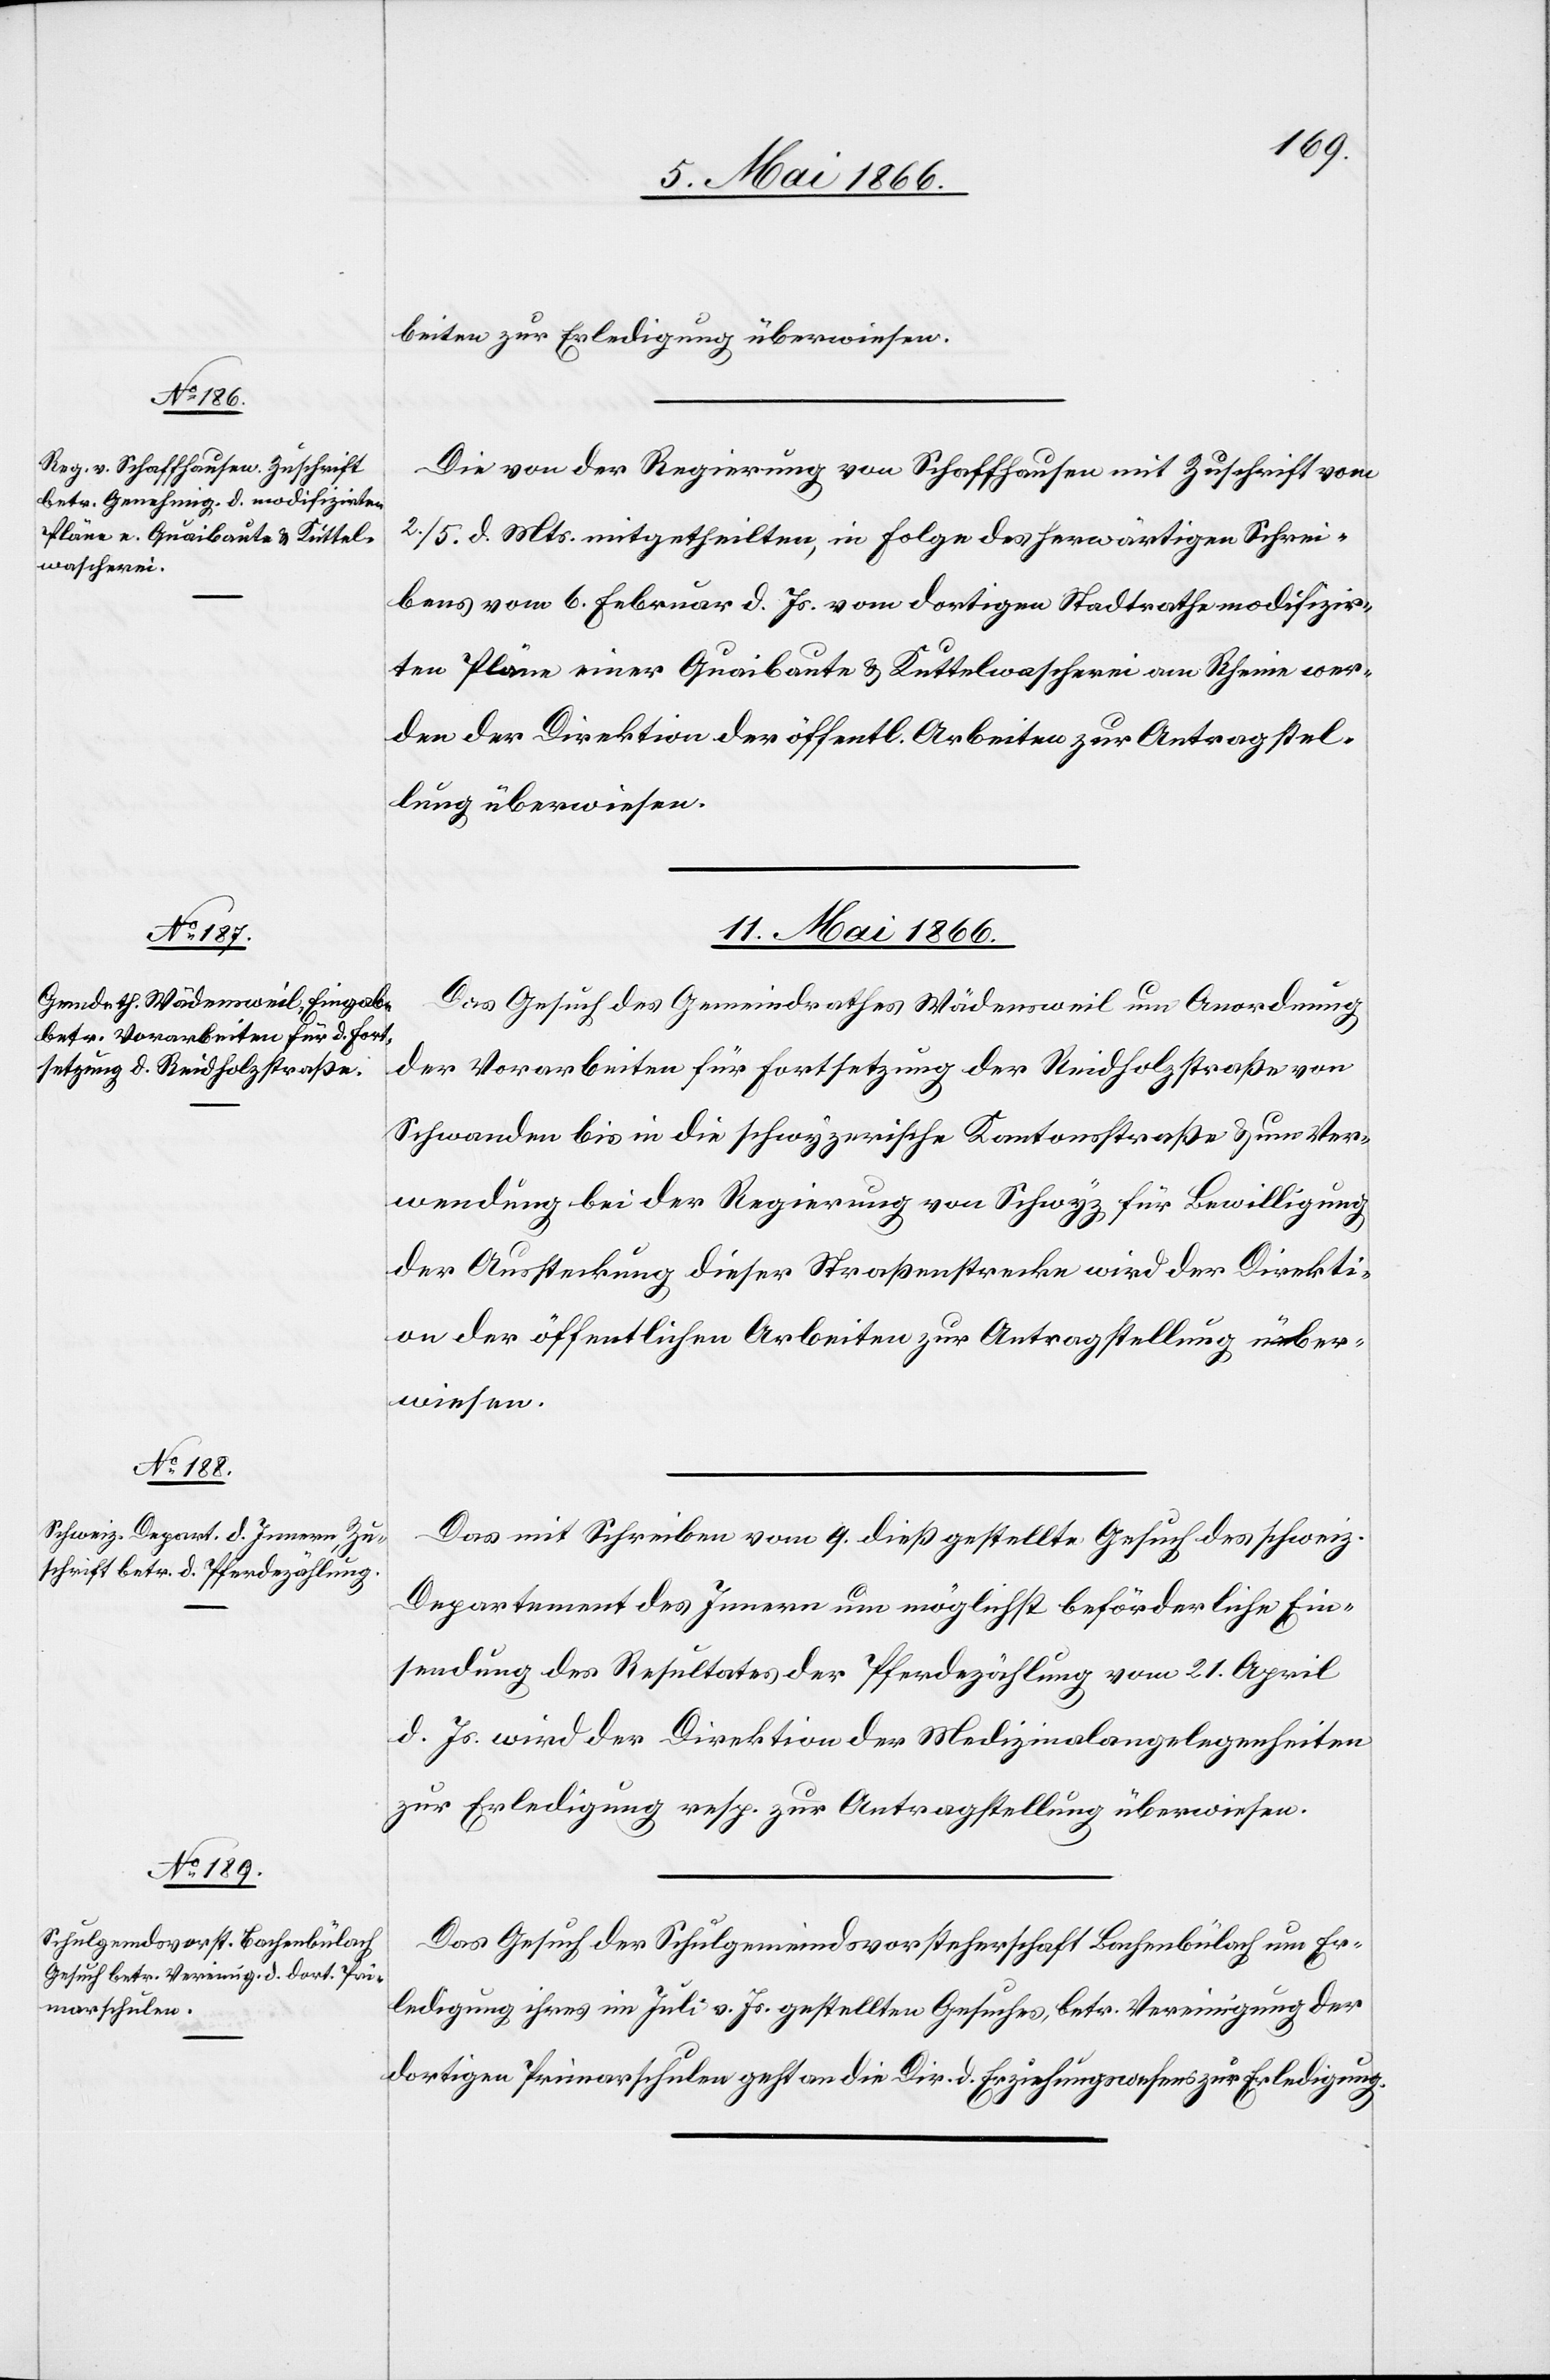
9. Mai 1866.]
beiten zur Erledigung überwiesen.
Die von der Regierung von Schaffhausen mit Zuschrift vom
2./5. d. Mts. mitgetheilten, in Folge des herwärtigen Schrei¬
bens vom 6. Februar d. Js. vom dortigen Stadtrath modifizir¬
ten Pläne einer Quaibrücke u. Kuttelwascherei am Rhein wer¬
den der Direktion der öffentl. Arbeiten zur Antragstel¬
lung überwiesen.
11. Mai 1866.]
Das Gesuch des Gemeindrathes Wädensweil um Anordnung
der Vorarbeiten für Fortsetzung der Reidholzstraße von
Schwanden bis in die schwyzerische Kantonsstraße u. um Ver¬
wendung bei der Regierung von Schwyz für Bewilligung
der Aussteckung dieser Straßenstrecke wird der Direkti¬
on der öffentlichen Arbeiten zur Antragstellung über¬
wiesen.
Das mit Schreiben vom 9. dieß gestellte Gesuch des schweiz.
Departement des Innern um möglichst beförderliche Ein¬
sendung des Resultates der Pferdezählung vom 21. April
d. Js. wird der Direktion der Medizinalangelegenheiten
zur Erledigung resp. zur Antragstellung überwiesen.
Das Gesuch der Schulgemeindsvorsteherschaft Bachenbülach um Er¬
ledigung ihres im Juli v. Js. gestellten Gesuches, betr. Vereinigung der
dortigen Primarschulen geht an die Dir. d. Erziehungswesens zur Erledigung.